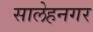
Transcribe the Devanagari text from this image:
सालेहनगर